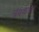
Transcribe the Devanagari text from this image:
त्रंबकपंत